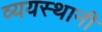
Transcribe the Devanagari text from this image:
व्ययस्थानी